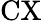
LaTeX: \mathrm{CX}